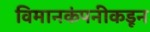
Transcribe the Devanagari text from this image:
विमानकंपनीकडून